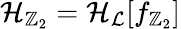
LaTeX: \mathcal{H}_{\mathbb{Z}_{2}}=\mathcal{H}_{\mathcal{L}}[f_{\mathbb{Z}_{2}}]